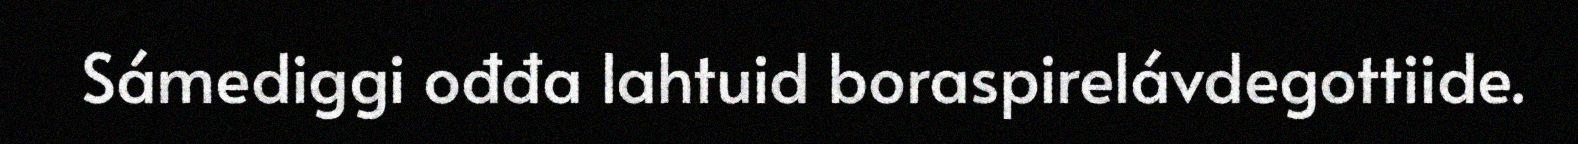
Sámediggi ođđa lahtuid boraspirelávdegottiide.